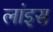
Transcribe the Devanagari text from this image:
लांइस